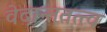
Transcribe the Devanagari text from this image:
वेदान्ततत्त्‍व